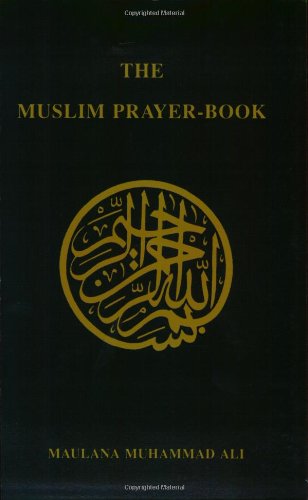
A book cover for The Muslim Prayer Book; Muhammad Ali; Religion & Spirituality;